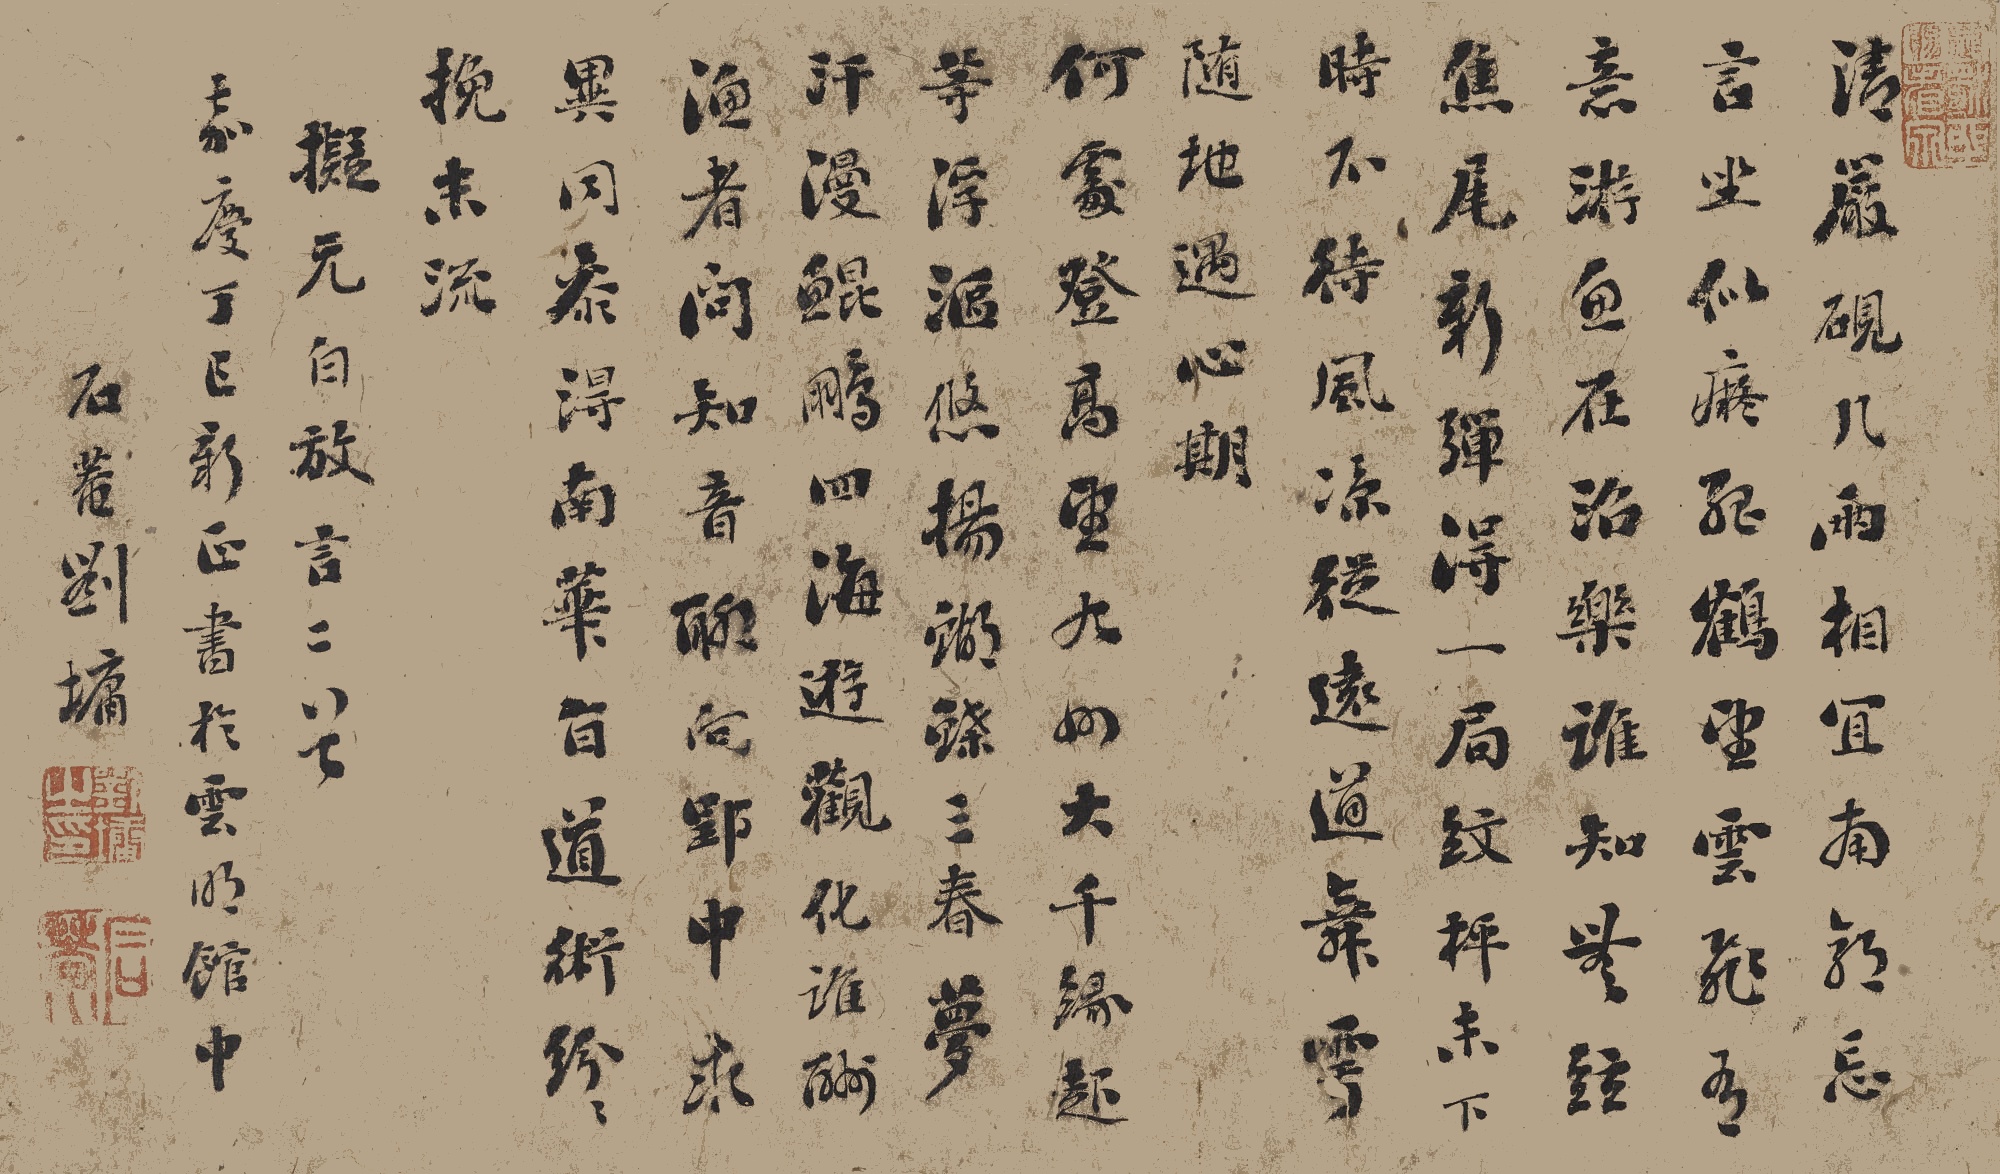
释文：清岩砚几两相宜，南郭忘言坐似痴。孤鹤望云飞有意，游鱼在沼乐谁知。无弦焦尾新弹得，一局纹枰未下时。不待风凉从远道，舞雩随地遇心期。何处登高望九州岛，大千缘起等浮沤。悠扬蝴蝶三春梦，汗漫鲲鹏四海游。观化谁酬渔者问，知音聊向郢中求。异同参得南华旨，道术纷纷挽末流。拟元白放言二首，嘉庆丁巳（1797）新正书于云明馆中，石庵刘墉。